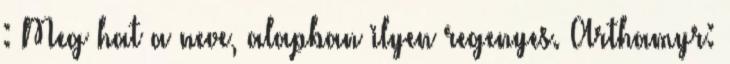
: Meg hat a neve, alapban ilyen regenyes. Arthamyr: